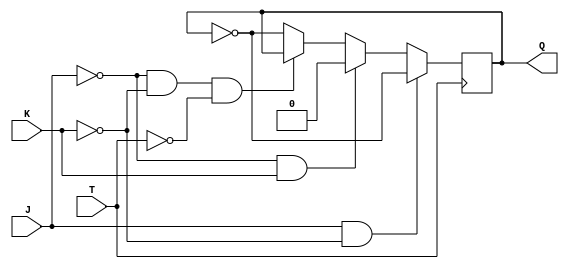
module tff_jk (
    input wire T, // Input T for toggling output Q
    input wire J, // Input J for setting output Q to 1
    input wire K, // Input K for resetting output Q to 0
    output reg Q // Output Q of the T-flip-flop
);

// Sequential logic for T-flip-flop with JK inputs
always @(posedge T) begin
    if (J & ~K) // When J = 1 and K = 0
        Q <= ~Q; // Toggle the output Q
    else if (~J & K) // When J = 0 and K = 1
        Q <= 0; // Reset the output Q to 0
    else if (~J & ~K & ~T) // When J = 0, K = 0, and T = 0
        Q <= Q; // Hold the current output Q
    else // When T = 1
        Q <= ~Q; // Toggle the output Q
end

endmodule